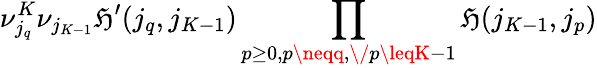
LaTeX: \nu_{j_{q}}^{K}\nu_{j_{K-1}}\mathfrak{H}^{\prime}(j_{q},j_{K-1})\prod_{p\geq0,p\neqq,\/ p\leqK-1}\mathfrak{H}(j_{K-1},j_{p})